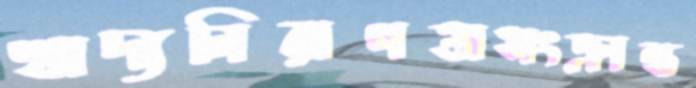
খাদ্যনিরাপত্তাসংক্রান্ত